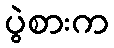
ပွဲစားက